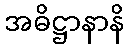
အဓိဋ္ဌာနာနိ